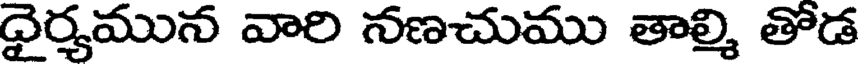
ధైర్యమున వారి నణచుము తాల్మి తోడ